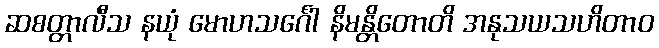
ဆစတ္တာလီသ နယုံ မောဟသင်္ဂေါ နိမန္တိတောတိ အနုသယသဟိတာဝ